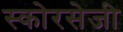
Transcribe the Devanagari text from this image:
स्कोरसेजी